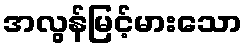
အလွန်မြင့်မားသော